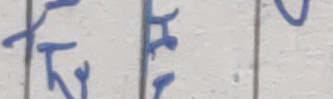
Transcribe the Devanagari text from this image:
Based on the blurry image and the specific instruction "If you cannot read the text, return an empty string," it is challenging to confidently extract all characters.

While the middle character is clearly 'म' (ma), the first character (on the left, before the first vertical line) is quite ambiguous due to the handwritten style and blur, resembling 'फ' (pha) or 'फ्र' (fra) but not definitively. The third character (on the right, after the second vertical line) is only partially visible and could be the top of '२' (Nepali digit two) or another character like 'प' (pa) or 'व' (va), but it's incomplete and not fully readable.

Due to the ambiguity of the first and third characters, I cannot confidently read the entire text segment. Therefore, according to the instructions, an empty string is returned.